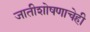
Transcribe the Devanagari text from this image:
जातीशोषणाचेही